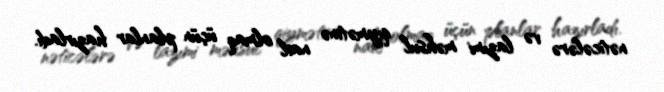
nəticələrə və lazımi məhsul qiymətinə nail olmaq üçün planlar hazırladı.